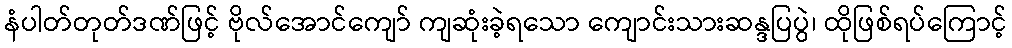
နံပါတ်တုတ်ဒဏ်ဖြင့် ဗိုလ်အောင်ကျော် ကျဆုံးခဲ့ရသော ကျောင်းသားဆန္ဒပြပွဲ၊ ထိုဖြစ်ရပ်ကြောင့်